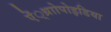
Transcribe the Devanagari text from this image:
ऐं्थ्राोपोइडिया